system: You are a helpful assistant.
user:
Analyze the provided spectrum to determine if it is a **"Cataclysmic Variables (CV)"**.

- **Key Indicators for CV (Check for either state):**
    - **State 1: Quiescent / Low-State (Emission-Dominated)**
        - **(Primary):** Strong and *very broad* Hydrogen Balmer emission lines (e.g., $H\alpha$ at 6563 Å, $H\beta$ at 4861 Å). The 'broadness' (high velocity dispersion, often FWHM > 1000 km/s) is the key diagnostic, indicating a high-velocity accretion disk.
        - **(Secondary):** Broad neutral Helium (He I) emission lines (e.g., 5876 Å, 6678 Å).
        - **(Key Confirmation):** Presence of high-excitation *ionized* Helium (He II) emission at 4686 Å. This is a strong indicator of accretion onto a white dwarf.
        - **(Line Profile):** Emission lines may exhibit a 'double-peaked' profile, which is a classic signature of a rotating accretion disk viewed at high inclination.

    - **State 2: Outburst / High-State (Absorption-Dominated)**
        - **(Primary):** Spectrum is dominated by a bright, blue continuum (looks like a hot star).
        - **(Secondary):** The emission lines from State 1 are weak, absent, or 'filled in', and are replaced by broad, shallow *absorption* lines (primarily Balmer and He I).
        - **(Morphology):** The overall spectrum mimics a hot B/A-type star. The crucial difference is that the absorption lines are significantly broader, shallower, and more 'washed-out' (or 'smeared') than the sharp lines of a normal stellar photosphere, due to high rotational speeds and pressure broadening in the disk.

Think first, call **spectral_visualization_tool** if needed to examine features in detail, then provide your final answer. Your response must adhere to the following strict rules:
1.  **Overall Structure:** Your response must follow the format `<think>...</think> <tool_call>...</tool_call> (if a tool is used) <answer>...</answer>`.
2.  **Tool Usage Constraint:** You may only make **one** tool call per turn.
3.  **Final Answer Format:** In the `<answer>` tag, your conclusion must be inside a `\boxed{}` command (e.g., `\boxed{YES}`), followed by your justification.

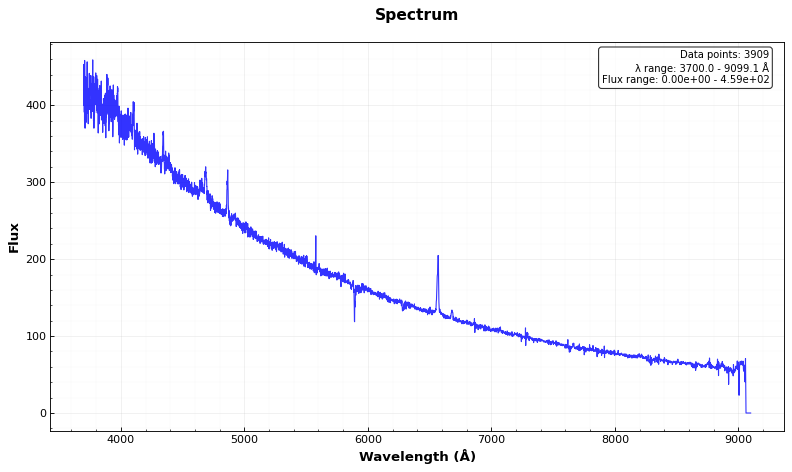
Answer: YES